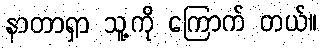
နာတာရှာ သူ့ကို ကြောက် တယ်။